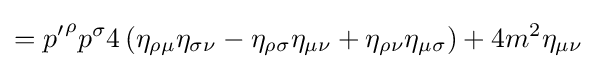
={p'}^{\rho }p^{\sigma }4\left(\eta _{\rho \mu }\eta _{\sigma \nu }-\eta _{\rho \sigma }\eta _{\mu \nu }+\eta _{\rho \nu }\eta _{\mu \sigma }\right)+4m^{2}\eta _{\mu \nu }